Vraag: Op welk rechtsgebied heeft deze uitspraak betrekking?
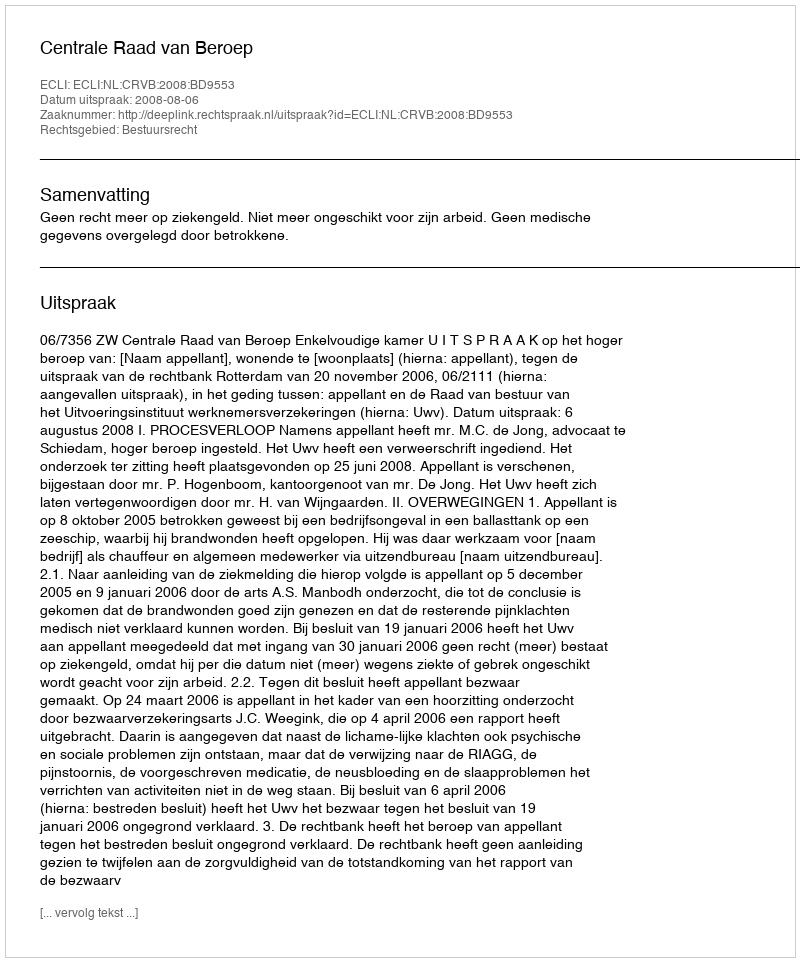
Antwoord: Bestuursrecht